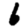
Digit: 6